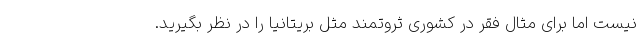
نیست اما برای مثال فقر در کشوری ثروتمند مثل بریتانیا را در نظر بگیرید.